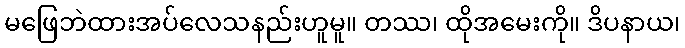
မဖြေဘဲထားအပ်လေသနည်းဟူမူ။ တဿ၊ ထိုအမေးကို။ ဒိပနာယ၊